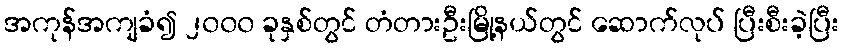
အကုန်အကျခံ၍ ၂၀၀၀ ခုနှစ်တွင် တံတားဦးမြို့နယ်တွင် ဆောက်လုပ် ပြီးစီးခဲ့ပြီး